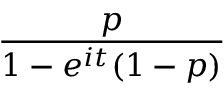
\! \, { \frac { p } { 1 - e ^ { i t } ( 1 - p ) } }